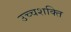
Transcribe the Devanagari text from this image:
उच्चशक्ति